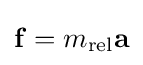
\mathbf {f} =m_{\text{rel}}\mathbf {a}